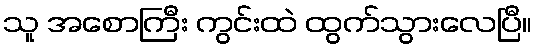
သူ အစောကြီး ကွင်းထဲ ထွက်သွားလေပြီ။